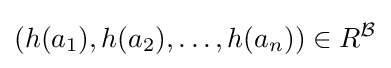
(h(a_{1}),h(a_{2}),\dots ,h(a_{n}))\in R^{\mathcal {B}}